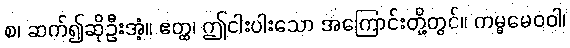
စ၊ ဆက်၍ဆိုဦးအံ့။ ဧတ္ထ၊ ဤငါးပါးသော အကြောင်းတို့တွင်။ ကမ္မမေဝဝါ၊